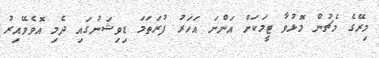
މިރޭގެ މެޗުން މޮޅުވާ ޓީމަކަށް އަންނަ އަހަރު ފުރަތަމަ ޑިވިޝަނުގައި ދެމި އޮވެވޭއިރު